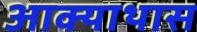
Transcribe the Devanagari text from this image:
आक्याथास